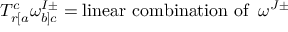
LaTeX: T _ { r [ a } ^ { c } \omega _ { b ] c } ^ { I \pm } = \mathrm { l i n e a r ~ c o m b i n a t i o n ~ o f } \; \; \omega ^ { J \pm }